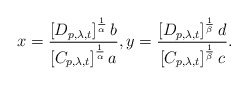
\begin{align*} x = \frac{\left[D_{p,\lambda,t}\right]^{\frac{1}{\alpha}}b}{\left[C_{p,\lambda,t}\right]^{\frac{1}{\alpha}}a}, y= \frac{\left[D_{p,\lambda,t}\right]^{\frac{1}{\beta}}d}{\left[C_{p,\lambda,t}\right]^{\frac{1}{\beta}}c}. \end{align*}